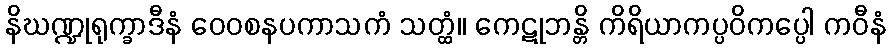
နိဃဏ္ဍုရုက္ခာဒီနံ ဝေဝစနပကာသကံ သတ္ထံ။ ကေဋုဘန္တိ ကိရိယာကပ္ပဝိကပ္ပေါ ကဝီနံ